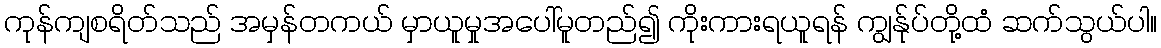
ကုန်ကျစရိတ်သည် အမှန်တကယ် မှာယူမှုအပေါ်မူတည်၍ ကိုးကားရယူရန် ကျွန်ုပ်တို့ထံ ဆက်သွယ်ပါ။